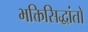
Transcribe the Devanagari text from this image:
भक्तिसिद्धांतों